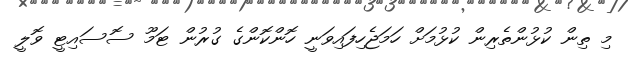
މި ތިން ކުޅުންތެރިން ކުޅުމަށް ހަމަޖެހިފައިވަނީ ހޮންކޮންގެ ގުރުން ޓަމޫ ސޮސައިޓީ ވޮލީ